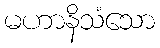
မဟာနိသံသော